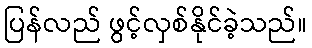
ပြန်လည် ဖွင့်လှစ်နိုင်ခဲ့သည်။